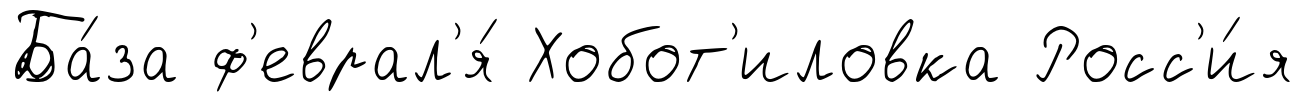
Ба́за ф'еврал'я́ Хобот'иловка Росс'и́я